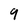
Character: 9